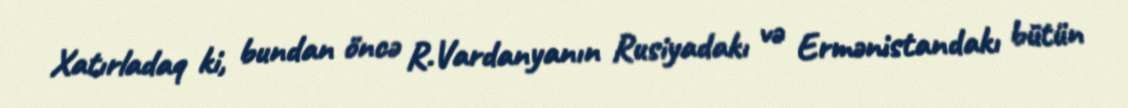
Xatırladaq ki, bundan öncə R.Vardanyanın Rusiyadakı və Ermənistandakı bütün